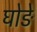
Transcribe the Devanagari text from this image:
घोङे